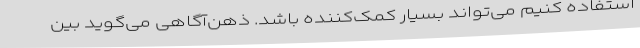
استفاده کنیم می‌تواند بسیار کمک‌کننده باشد. ذهن‌آگاهی می‌گوید بین